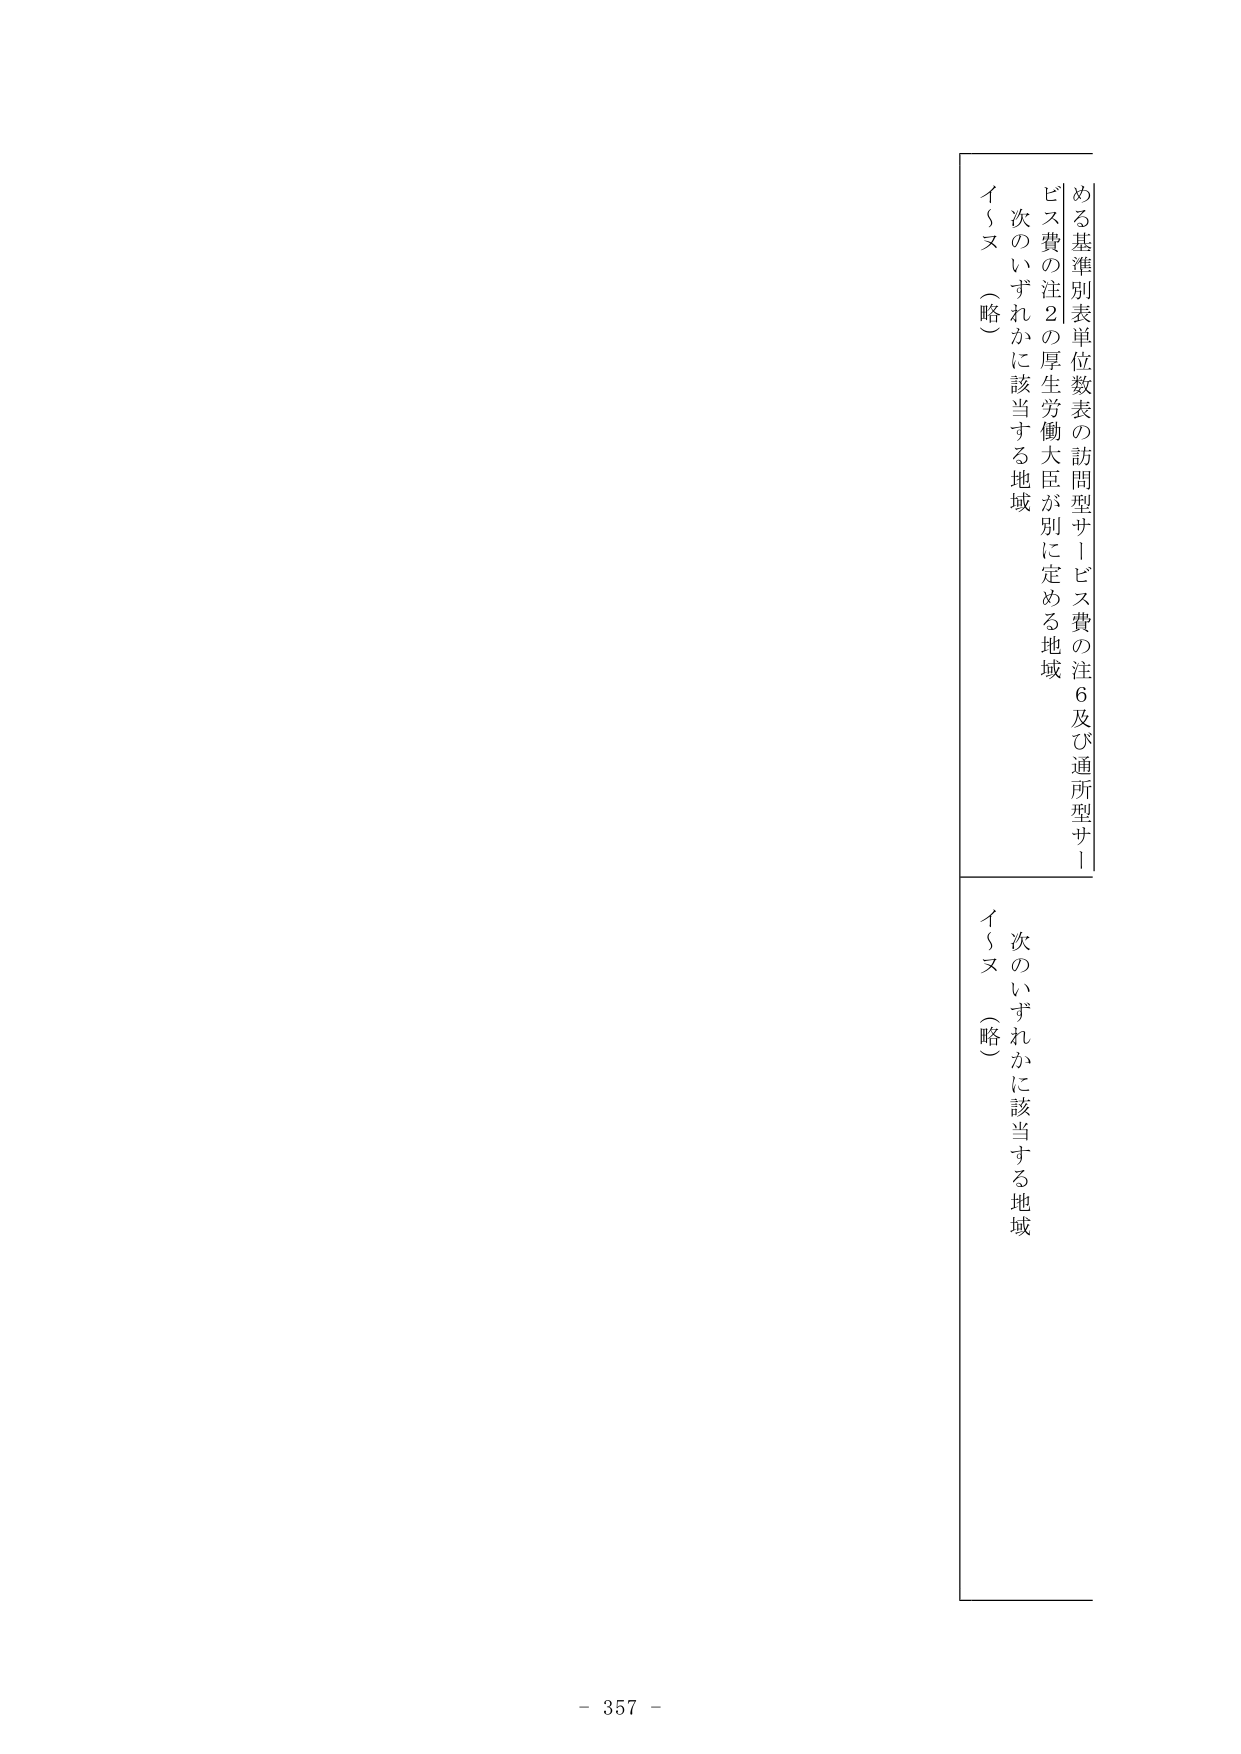
める基準別表単位数表の訪問型サービス費の注6及び通所型サービス費の注2の厚生労働大臣が別に定める地域
次のいずれかに該当する地域
イ～ヌ（略）

次のいずれかに該当する地域
イ～ヌ（略）

- 357 -